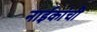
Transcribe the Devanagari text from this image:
नाईकांची